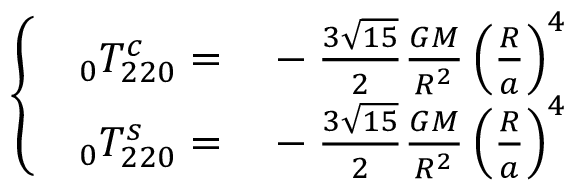
\left\{ \begin{array} { c } { \begin{array} { r l } { \phantom { } _ { 0 } T _ { 2 2 0 } ^ { c } = } & { { } - \frac { 3 \sqrt { 1 5 } } { 2 } \frac { G M } { R ^ { 2 } } \left( \frac { R } { a } \right) ^ { 4 } } \end{array} } \\ { \begin{array} { r l } { \phantom { } _ { 0 } T _ { 2 2 0 } ^ { s } = } & { { } - \frac { 3 \sqrt { 1 5 } } { 2 } \frac { G M } { R ^ { 2 } } \left( \frac { R } { a } \right) ^ { 4 } } \end{array} } \end{array} \right.